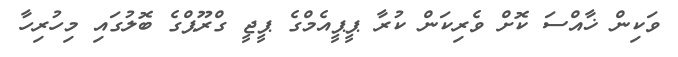
ވަކިން ޚާއްސަ ކޮށް ވެރިކަން ކުރާ ޕީޕީއެމްގެ ޕީޖީ ގްރޫޕްގެ ބޮލުގައި މިހުރިހާ